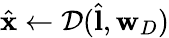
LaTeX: \hat{\mathbf{x}}\leftarrow\mathcal{D}(\hat{\mathbf{l}},\mathbf{w}_{D})